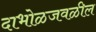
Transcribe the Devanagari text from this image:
दाभोळजवळील